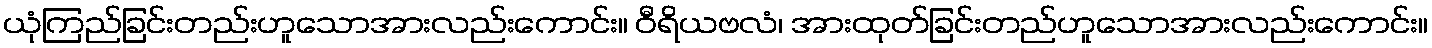
ယုံကြည်ခြင်းတည်းဟူသောအားလည်းကောင်း။ ဝီရိယဗလံ၊ အားထုတ်ခြင်းတည်ဟူသောအားလည်းကောင်း။